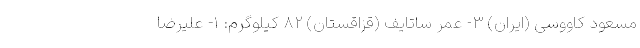
مسعود کاووسی (ایران) ۳- عمر ساتایف (قزاقستان) ۸۲ کیلوگرم: ۱- علیرضا